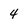
Character: 4